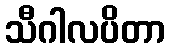
သီဂါလပိတာ